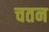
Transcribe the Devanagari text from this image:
चतन